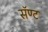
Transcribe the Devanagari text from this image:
सॅण्ट